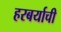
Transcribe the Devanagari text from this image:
हरबर्याची